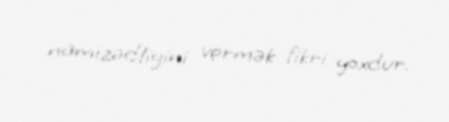
namizədliyini vermək fikri yoxdur.